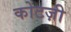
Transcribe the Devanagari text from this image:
कोटज़ी